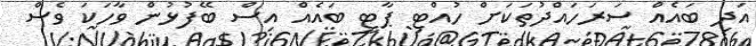
އަދި ބައެއް ސަރަހައްދުތަކަށް ހުއްޓި ޕާޓީ ބައެއް އިސް ބޭފުޅުން ވާހަކަ ވެސް